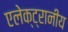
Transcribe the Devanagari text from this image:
एलेक्ट्रानीय